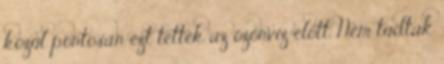
közül pontosan ezt tették az özönvíz előtt. Nem tudtak